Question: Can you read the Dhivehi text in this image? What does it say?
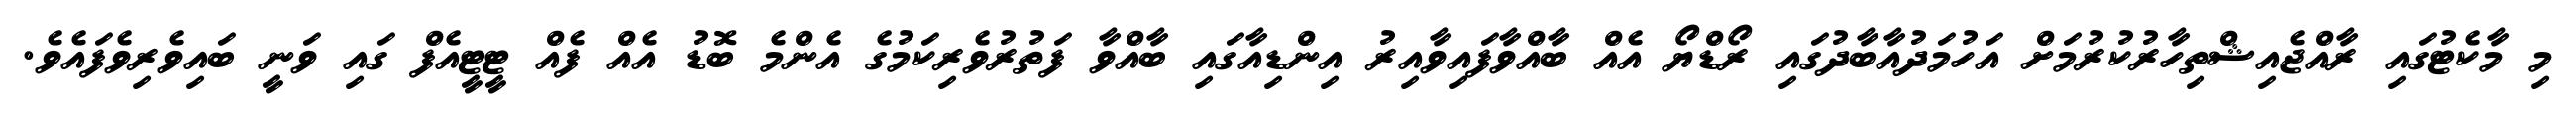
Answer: މި މާކެޓުގައި ރާއްޖެއިޝްތިހާރުކުރުމަށް އަހުމަދުއާބާދުގައި ރޯޑްޔޯ އެއް ބާއްވާފައިވާއިރު އިންޑިއާގައި ބާއްވާ ފަތުރުވެރިކަމުގެ އެންމެ ބޮޑު އެއް ފެއް ޓީޓީއެފް ގައި ވަނީ ބައިވެރިވެފައެވެ.